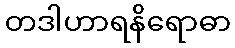
တဒါဟာရနိရောဓာ